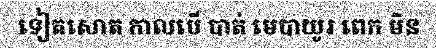
ទៀតសោត កាលបើ បាត់ មេបាយូរ ពេក មិន